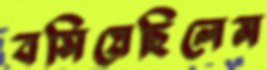
বসিয়েছিলেম